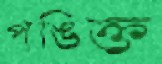
পঙিক্ত